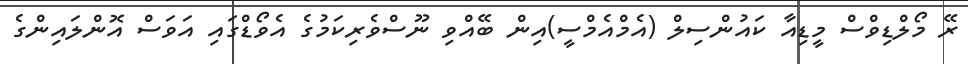
ރޭ މޯލްޑިވްސް މީޑިއާ ކައުންސިލް (އެމްއެމްސީ)އިން ބޭއްވި ނޫސްވެރިކަމުގެ އެވޯޑްގައި އަވަސް އޮންލައިންގެ